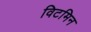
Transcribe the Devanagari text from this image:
विटमिन